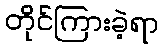
တိုင်ကြားခဲ့ရာ